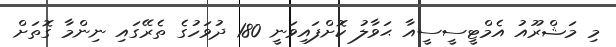
މި މަޝްރޫއު އެމްޓީސީސީއާ ޙަވާލު ކޮށްފައިވަނީ 180 ދުވަހުގެ ތެރޭގައި ނިންމާ ގޮތަށް